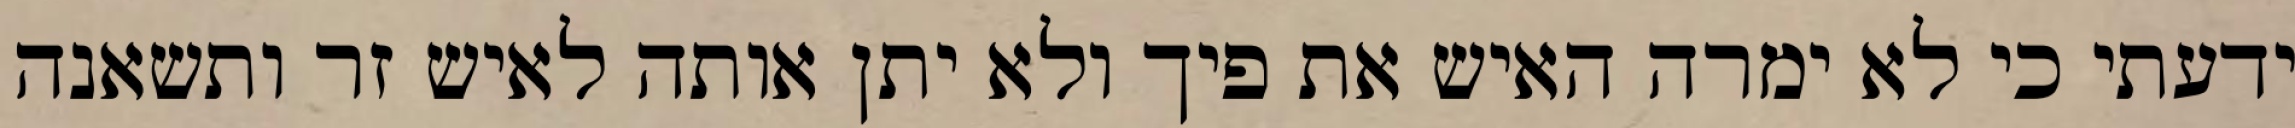
ידעתי כי לא ימרה האיש את פיך ולא יתן אותה לאיש זר ותשאנה